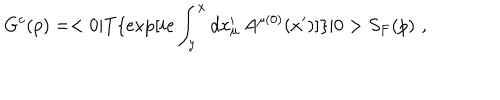
G ^ { c } ( p ) = < 0 | T \{ \exp [ i e \int _ { y } ^ { x } d x _ { \mu } ^ { \prime } \, A ^ { \mu ( 0 ) } ( x ^ { \prime } ) ] \} | 0 > S _ { F } ( p ) \, \, ,